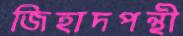
জিহাদপন্থী